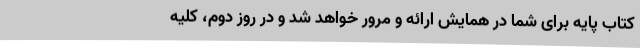
کتاب پایه برای شما در همایش ارائه و مرور خواهد شد و در روز دوم، کلیه